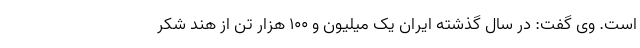
است. وی گفت: در سال گذشته ایران یک میلیون و ۱۰۰ هزار تن از هند شکر